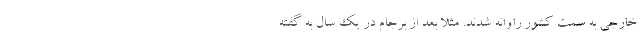
خارجی به سمت کشور راوانه شدند. مثلا بعد از برجام در یک سال به گفته